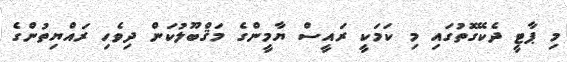
މި ޕާޓީ ދެކޭގޮތުގައި މި ކަމަކީ ރައީސް ޔާމީންގެ މަޤްބޫލުކަން ދިވެހި ރައްޔިތުންގެ